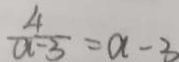
\frac { 4 } { a - 3 } = a - 3